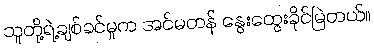
သူတို့ရဲ့ချစ်ခင်မှုက အင်မတန် နွေးထွေးခိုင်မြဲတယ်။